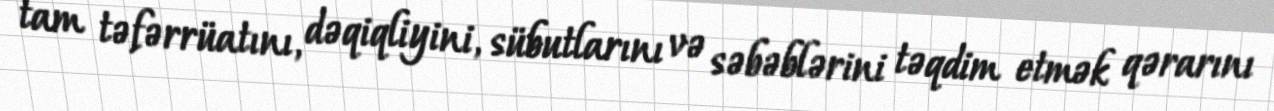
tam təfərrüatını, dəqiqliyini, sübutlarını və səbəblərini təqdim etmək qərarını